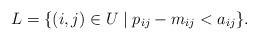
LaTeX: \begin{align*}L=\{(i,j)\in U\mid p_{ij}-m_{ij}< a_{ij}\}.\end{align*}